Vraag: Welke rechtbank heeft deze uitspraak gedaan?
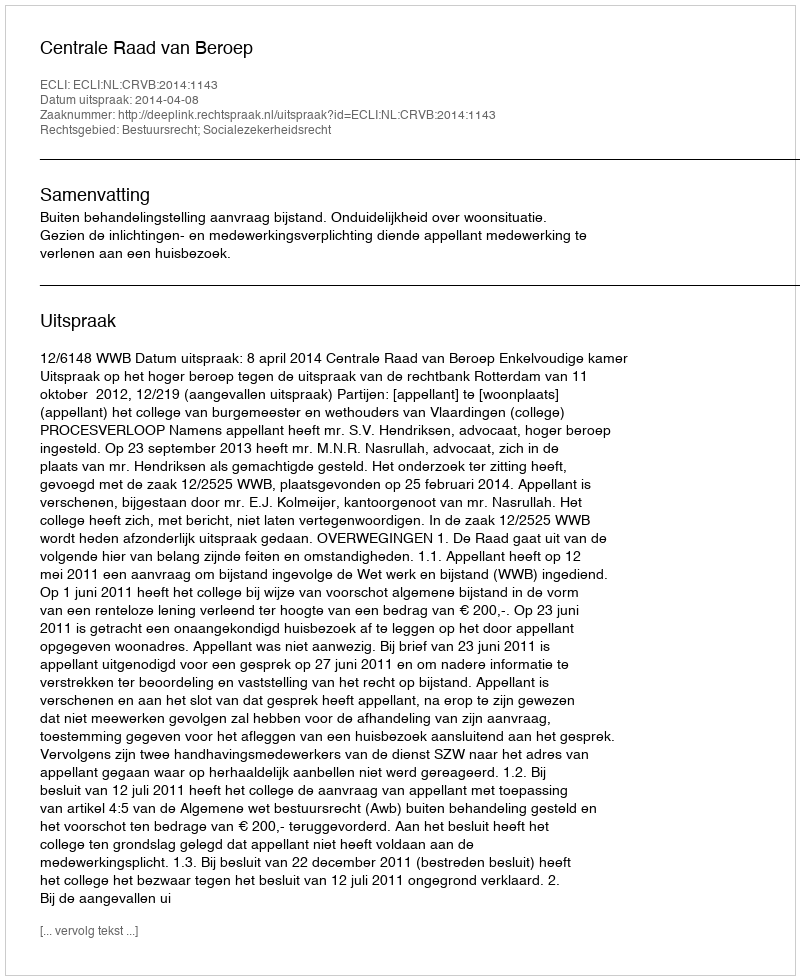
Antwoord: Centrale Raad van Beroep